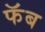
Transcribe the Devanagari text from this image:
फॅब